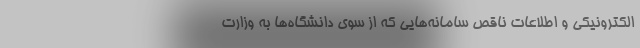
الکترونیکی و اطلاعات ناقص سامانه‌هایی که از سوی دانشگاه‌ها به وزارت